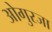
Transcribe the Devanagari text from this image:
ओगुरजा